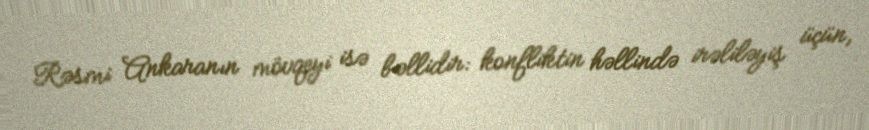
Rəsmi Ankaranın mövqeyi isə bəllidir: konfliktin həllində irəliləyiş üçün,